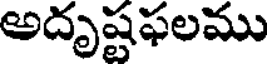
అదృష్టఫలము